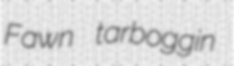
Fawn tarboggin